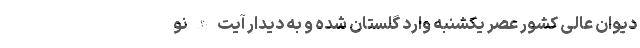
دیوان عالی کشور عصر یکشنبه وارد گلستان شده و به دیدار آیت الله نو